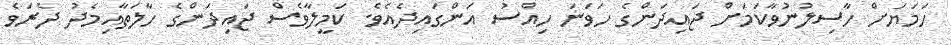
ހަމަޔަށް ހާސިލުނުވާކަމަށް ޖައިދަންގެ ހަވަނަ ހިއްސު އަންގައިދެއެވެ. ކަމީލާވެސް ޖައިދަންގެ ހާލަތާއިމެދު ދެރަވެ